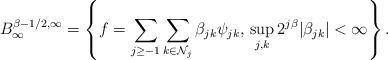
LaTeX: \begin{align*} B^{\beta-1/2,\infty}_\infty = \left\{f = \sum_{j\geq -1}\sum_{k \in \mathcal{N}_j}\beta_{jk}\psi_{jk}, \, \sup_{j,k} 2^{j\beta }|\beta_{jk}| < \infty\right\}.\end{align*}